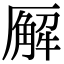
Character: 𪠘